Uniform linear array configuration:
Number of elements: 24
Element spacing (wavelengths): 0.25
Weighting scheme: hamming
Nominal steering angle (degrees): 30
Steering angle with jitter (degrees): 28.079
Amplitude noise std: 0.05
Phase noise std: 0.05

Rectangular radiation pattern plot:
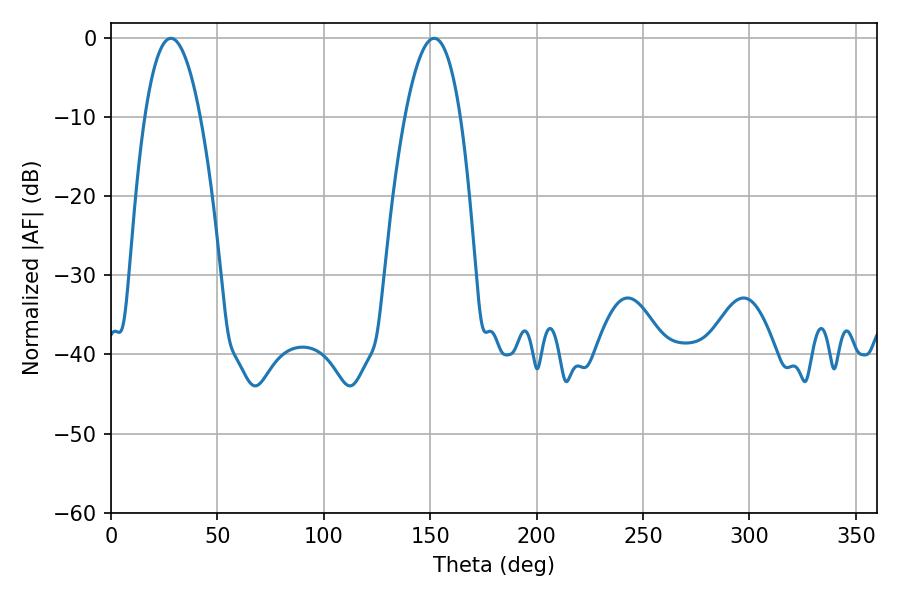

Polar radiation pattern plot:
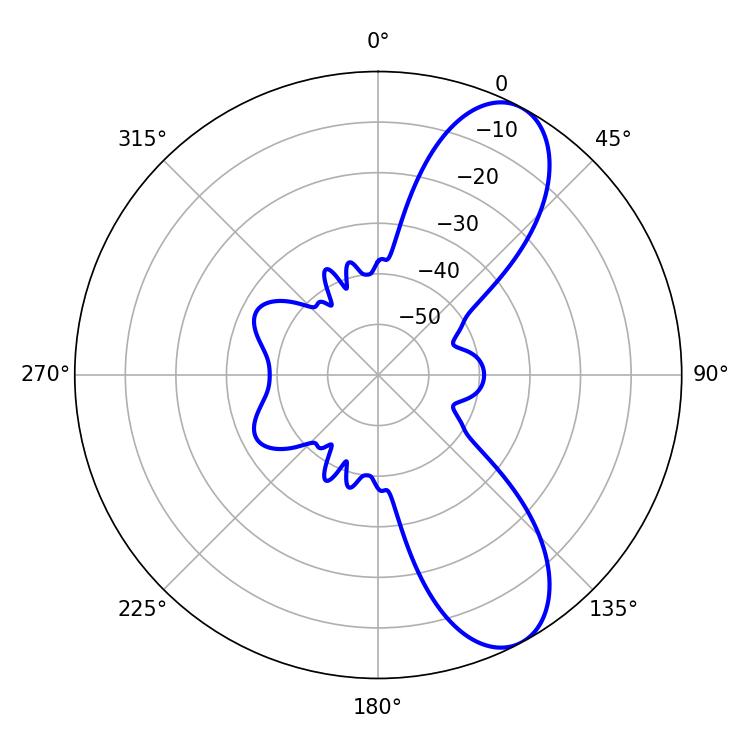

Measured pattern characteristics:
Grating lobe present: FALSE
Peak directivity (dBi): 8.934
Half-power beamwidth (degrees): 14.4
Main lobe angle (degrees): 28.08